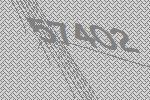
57402